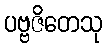
ပဗ္ဗဇိတေသု